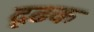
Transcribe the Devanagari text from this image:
दृढक